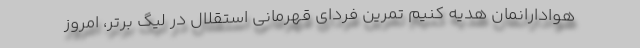
هوادارانمان هدیه کنیم تمرین فردای قهرمانی استقلال در لیگ برتر، امروز